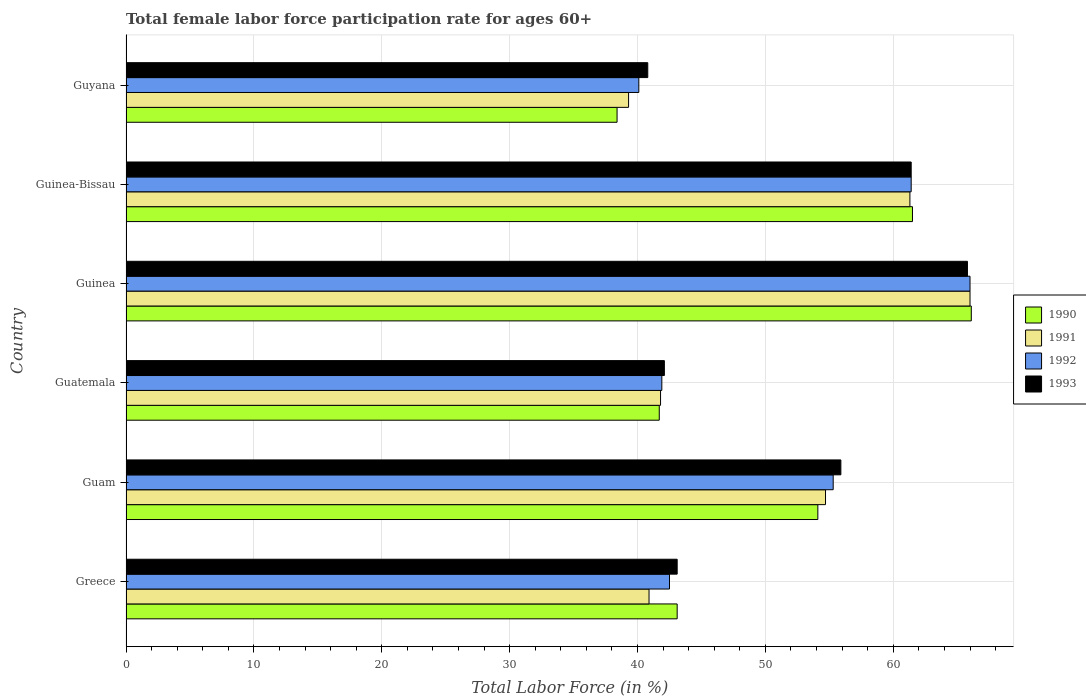
| Country | 1990 | 1991 | 1992 | 1993 |
 | --- | --- | --- | --- | --- |
 | Greece | 43.1 | 40.9 | 42.5 | 43.1 |
 | Guam | 54.1 | 54.7 | 55.3 | 55.9 |
 | Guatemala | 41.7 | 41.8 | 41.9 | 42.1 |
 | Guinea | 66.1 | 66 | 66 | 65.8 |
 | Guinea-Bissau | 61.5 | 61.3 | 61.4 | 61.4 |
 | Guyana | 38.4 | 39.3 | 40.1 | 40.8 |